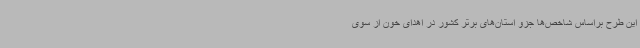
این طرح براساس شاخص‌ها جزو استان‌های برتر کشور در اهدای خون از سوی